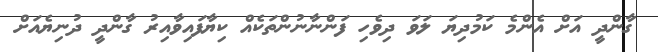
ގާންދީ އަށް އެންމެ ކަމުދިޔަ ލަވަ ދިވެހި ފަންނާނުންތަކެއް ކިޔާފައިވާއިރު ގާންދީ ދުނިޔެއަށް